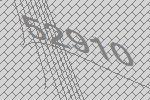
52910